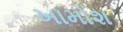
ખામોશ